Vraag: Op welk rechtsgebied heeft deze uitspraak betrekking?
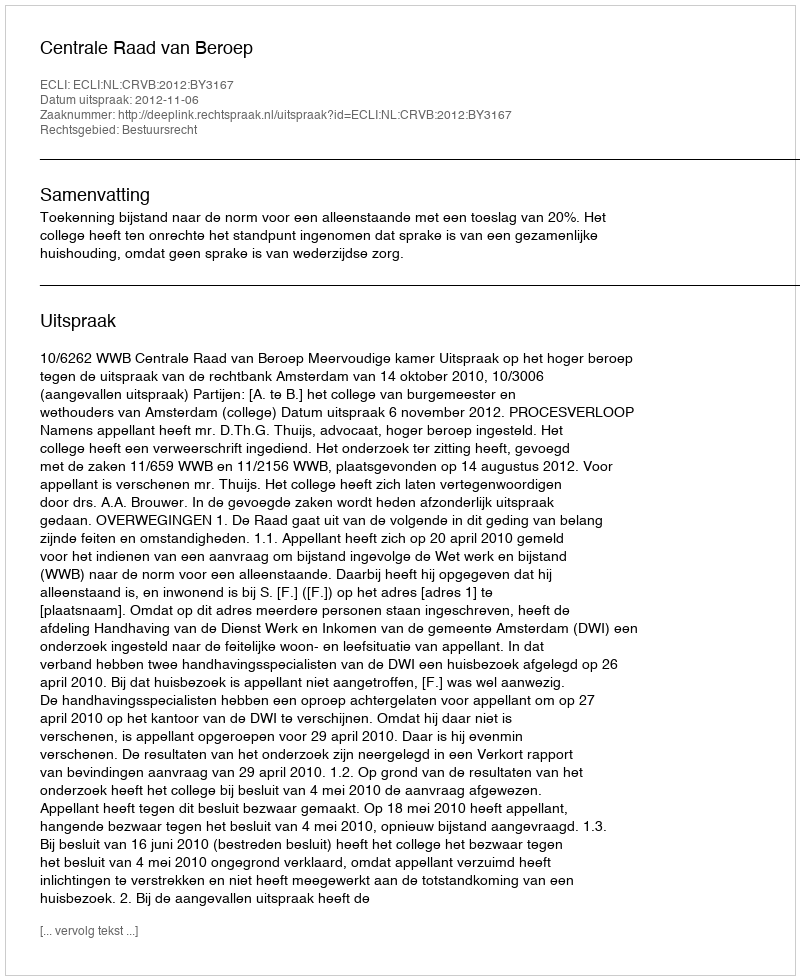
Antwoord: Bestuursrecht